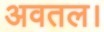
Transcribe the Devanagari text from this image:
अवतल।